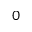
0